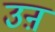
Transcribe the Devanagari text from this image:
उऩ